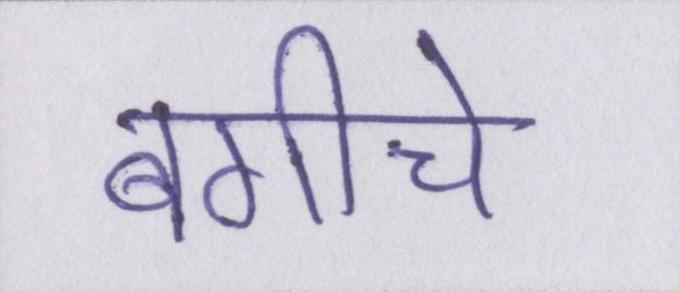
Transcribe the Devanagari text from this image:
बगीचे